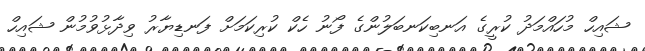
ޝައިހް މުހައްމަދު ކުރީގެ އަނބިކަނބަލުންގެ ފޯނު ހެކް ކުރިކަމަށް ފަނޑިޔާރު ވިދާޅުވުމުން ޝައިހް